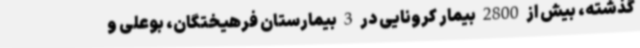
گذشته، بیش از 2800 بیمار کرونایی در 3 بیمارستان فرهیختگان، بوعلی و